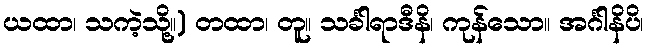
ယထာ၊ သကဲ့သို့။) တထာ၊ တူ။ သင်္ခါရာဒီနိ၊ ကုန်သော။ အင်္ဂါနိပိ၊